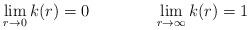
LaTeX: \begin{align*}\lim_{r \rightarrow 0} k(r)=0 \qquad \qquad \lim_{r \rightarrow \infty} k(r)=1\end{align*}